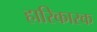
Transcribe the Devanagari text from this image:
हारिकारक